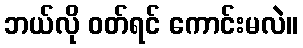
ဘယ်လို ဝတ်ရင် ကောင်းမလဲ။